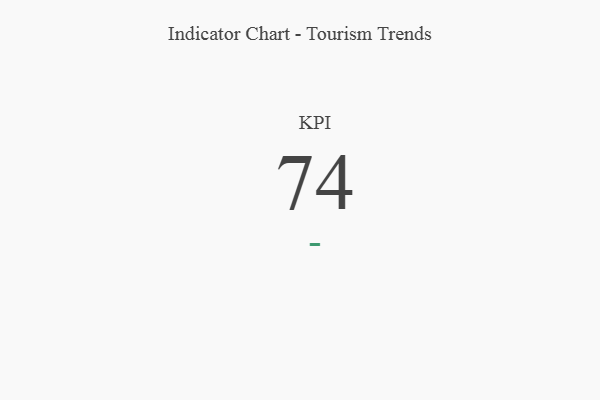
{"axis": {"x": "KPI", "y": "Value"}, "legend": [""], "data": [{"x": "KPI", "y": 74, "type": ""}]}